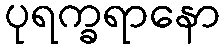
ပုရက္ခရာနော